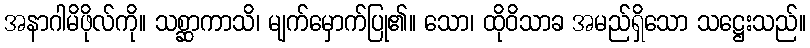
အနာဂါမိဖိုလ်ကို။ သစ္ဆာကာသိ၊ မျက်မှောက်ပြု၏။ သော၊ ထိုဝိသာခ အမည်ရှိသော သဋ္ဌေးသည်။